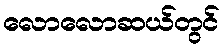
လောလောဆယ်တွင်